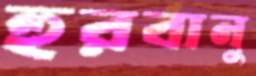
হুরবানু